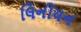
લિનીયન